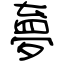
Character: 夣